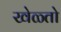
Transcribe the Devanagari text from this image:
खेळ्तो